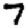
Digit: 7